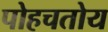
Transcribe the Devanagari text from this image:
पोहचतोय